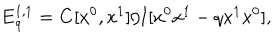
{ \bf E } _ { q } ^ { 1 , 1 } = { \bf C } [ x ^ { 0 } , x ^ { 1 } ] / { \bf I } [ x ^ { 0 } x ^ { 1 } - q x ^ { 1 } x ^ { 0 } ] ,